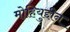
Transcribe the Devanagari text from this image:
मोहियुद्दीन